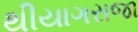
થીયાગરાજા